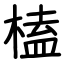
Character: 榼